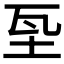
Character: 𡊝